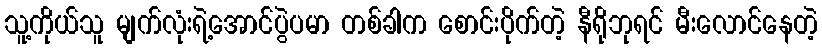
သူ့ကိုယ်သူ မျက်လုံးရဲ့အောင်ပွဲပမာ တစ်ခါက စောင်းပိုက်တဲ့ နီရိုဘုရင် မီးလောင်နေတဲ့